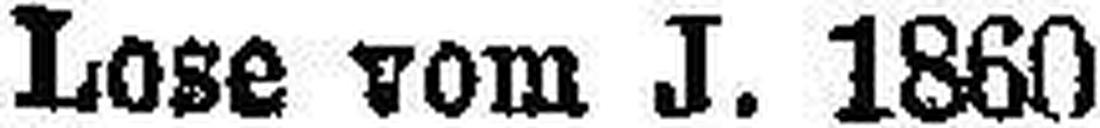
Lose vom J. 1860 zu 500 fl. Oe. W. „